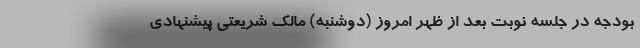
بودجه در جلسه نوبت بعد از ظهر امروز (دوشنبه) مالک شریعتی پیشنهادی